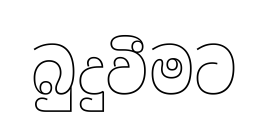
බුදුවීමට